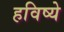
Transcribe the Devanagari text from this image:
हविष्ये